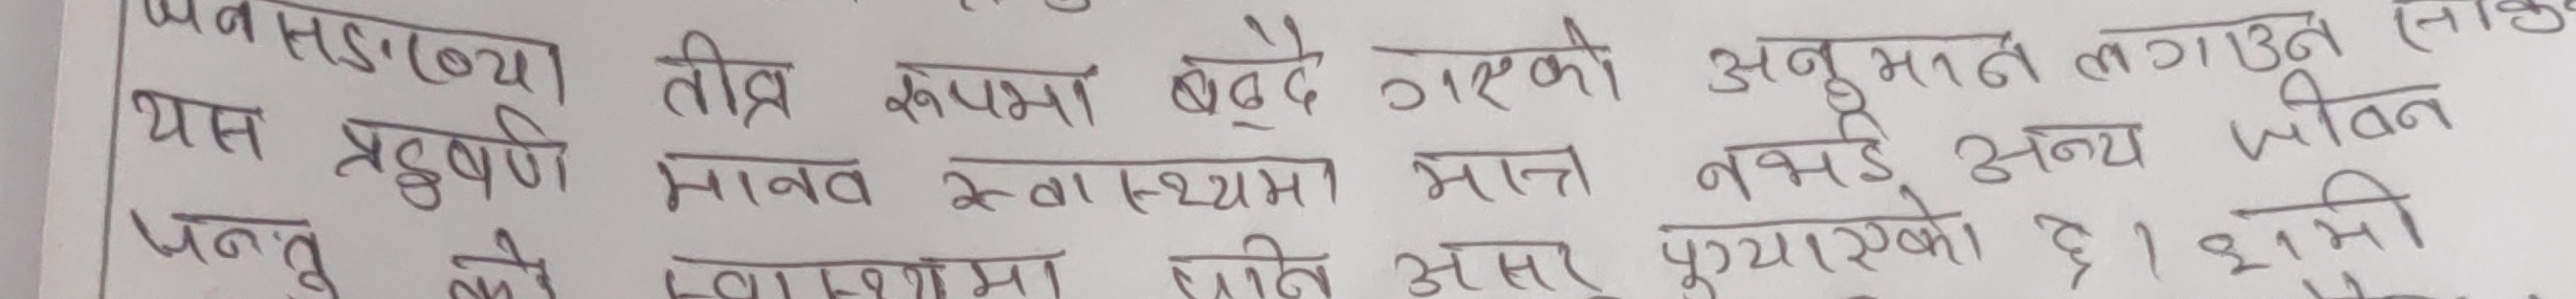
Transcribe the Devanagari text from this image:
अनुसार यस प्रदूषण मानव स्वास्थ्यमा मात्र नभई अन्य जीवन जन्तुको स्वास्थ्यमा पनि असर पुर्याएको छ । भूमि